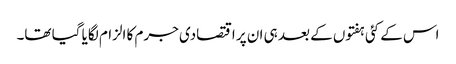
اس کے کئی ہفتوں کے بعد ہی ان پر اقتصادی جرم کا الزام لگایا گیا تھا۔